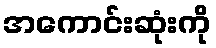
အကောင်းဆုံးကို